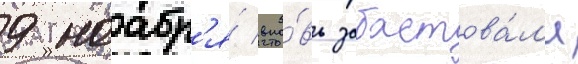
9 ноабр'я́ вно́вь забастова́л'и